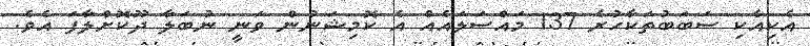
އެކިއެކި ސަބަބުތަކާހުރެ 137 މައްސަލައެއް އެ ކޮމިޝަނުން ވަނީ ނުބަލާ ދޫކޮށްލާފަ އެވެ.